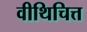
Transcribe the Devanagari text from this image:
वीथिचित्त